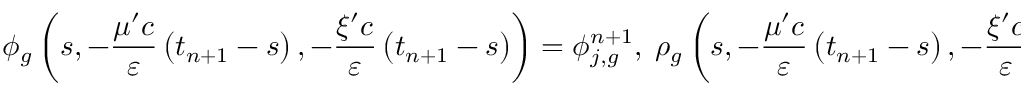
\phi _ { g } \left( s , - \frac { \mu ^ { \prime } c } { \varepsilon } \left( t _ { n + 1 } - s \right) , - \frac { \xi ^ { \prime } c } { \varepsilon } \left( t _ { n + 1 } - s \right) \right) = \phi _ { j , g } ^ { n + 1 } , \; \rho _ { g } \left( s , - \frac { \mu ^ { \prime } c } { \varepsilon } \left( t _ { n + 1 } - s \right) , - \frac { \xi ^ { \prime } c } { \varepsilon } \left( t _ { n + 1 } - s \right) \right) = \rho _ { j , g } ^ { n + 1 }